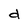
Character: d